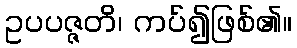
ဥပပဇ္ဇတိ၊ ကပ်၍ဖြစ်၏။